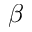
\beta